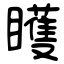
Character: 矆